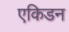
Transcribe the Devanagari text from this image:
एकिडन